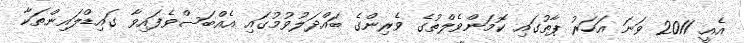
އެއީ 2011 ވަނަ އަހަރު ޕާތުގައި ކޮމަންވެލްތުގެ ވެރިންގެ ބައްދަލުވުމުގައި އެއްބަސްވެފައިވާ ގައިޑްލައިންތަކާ